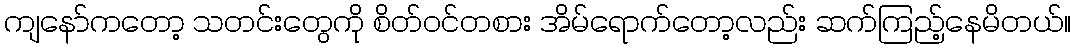
ကျနော်ကတော့ သတင်းတွေကို စိတ်ဝင်တစား အိမ်ရောက်တော့လည်း ဆက်ကြည့်နေမိတယ်။